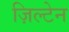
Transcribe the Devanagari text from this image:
ज़िल्टेन